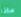
ماذا